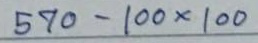
570 - 100x100